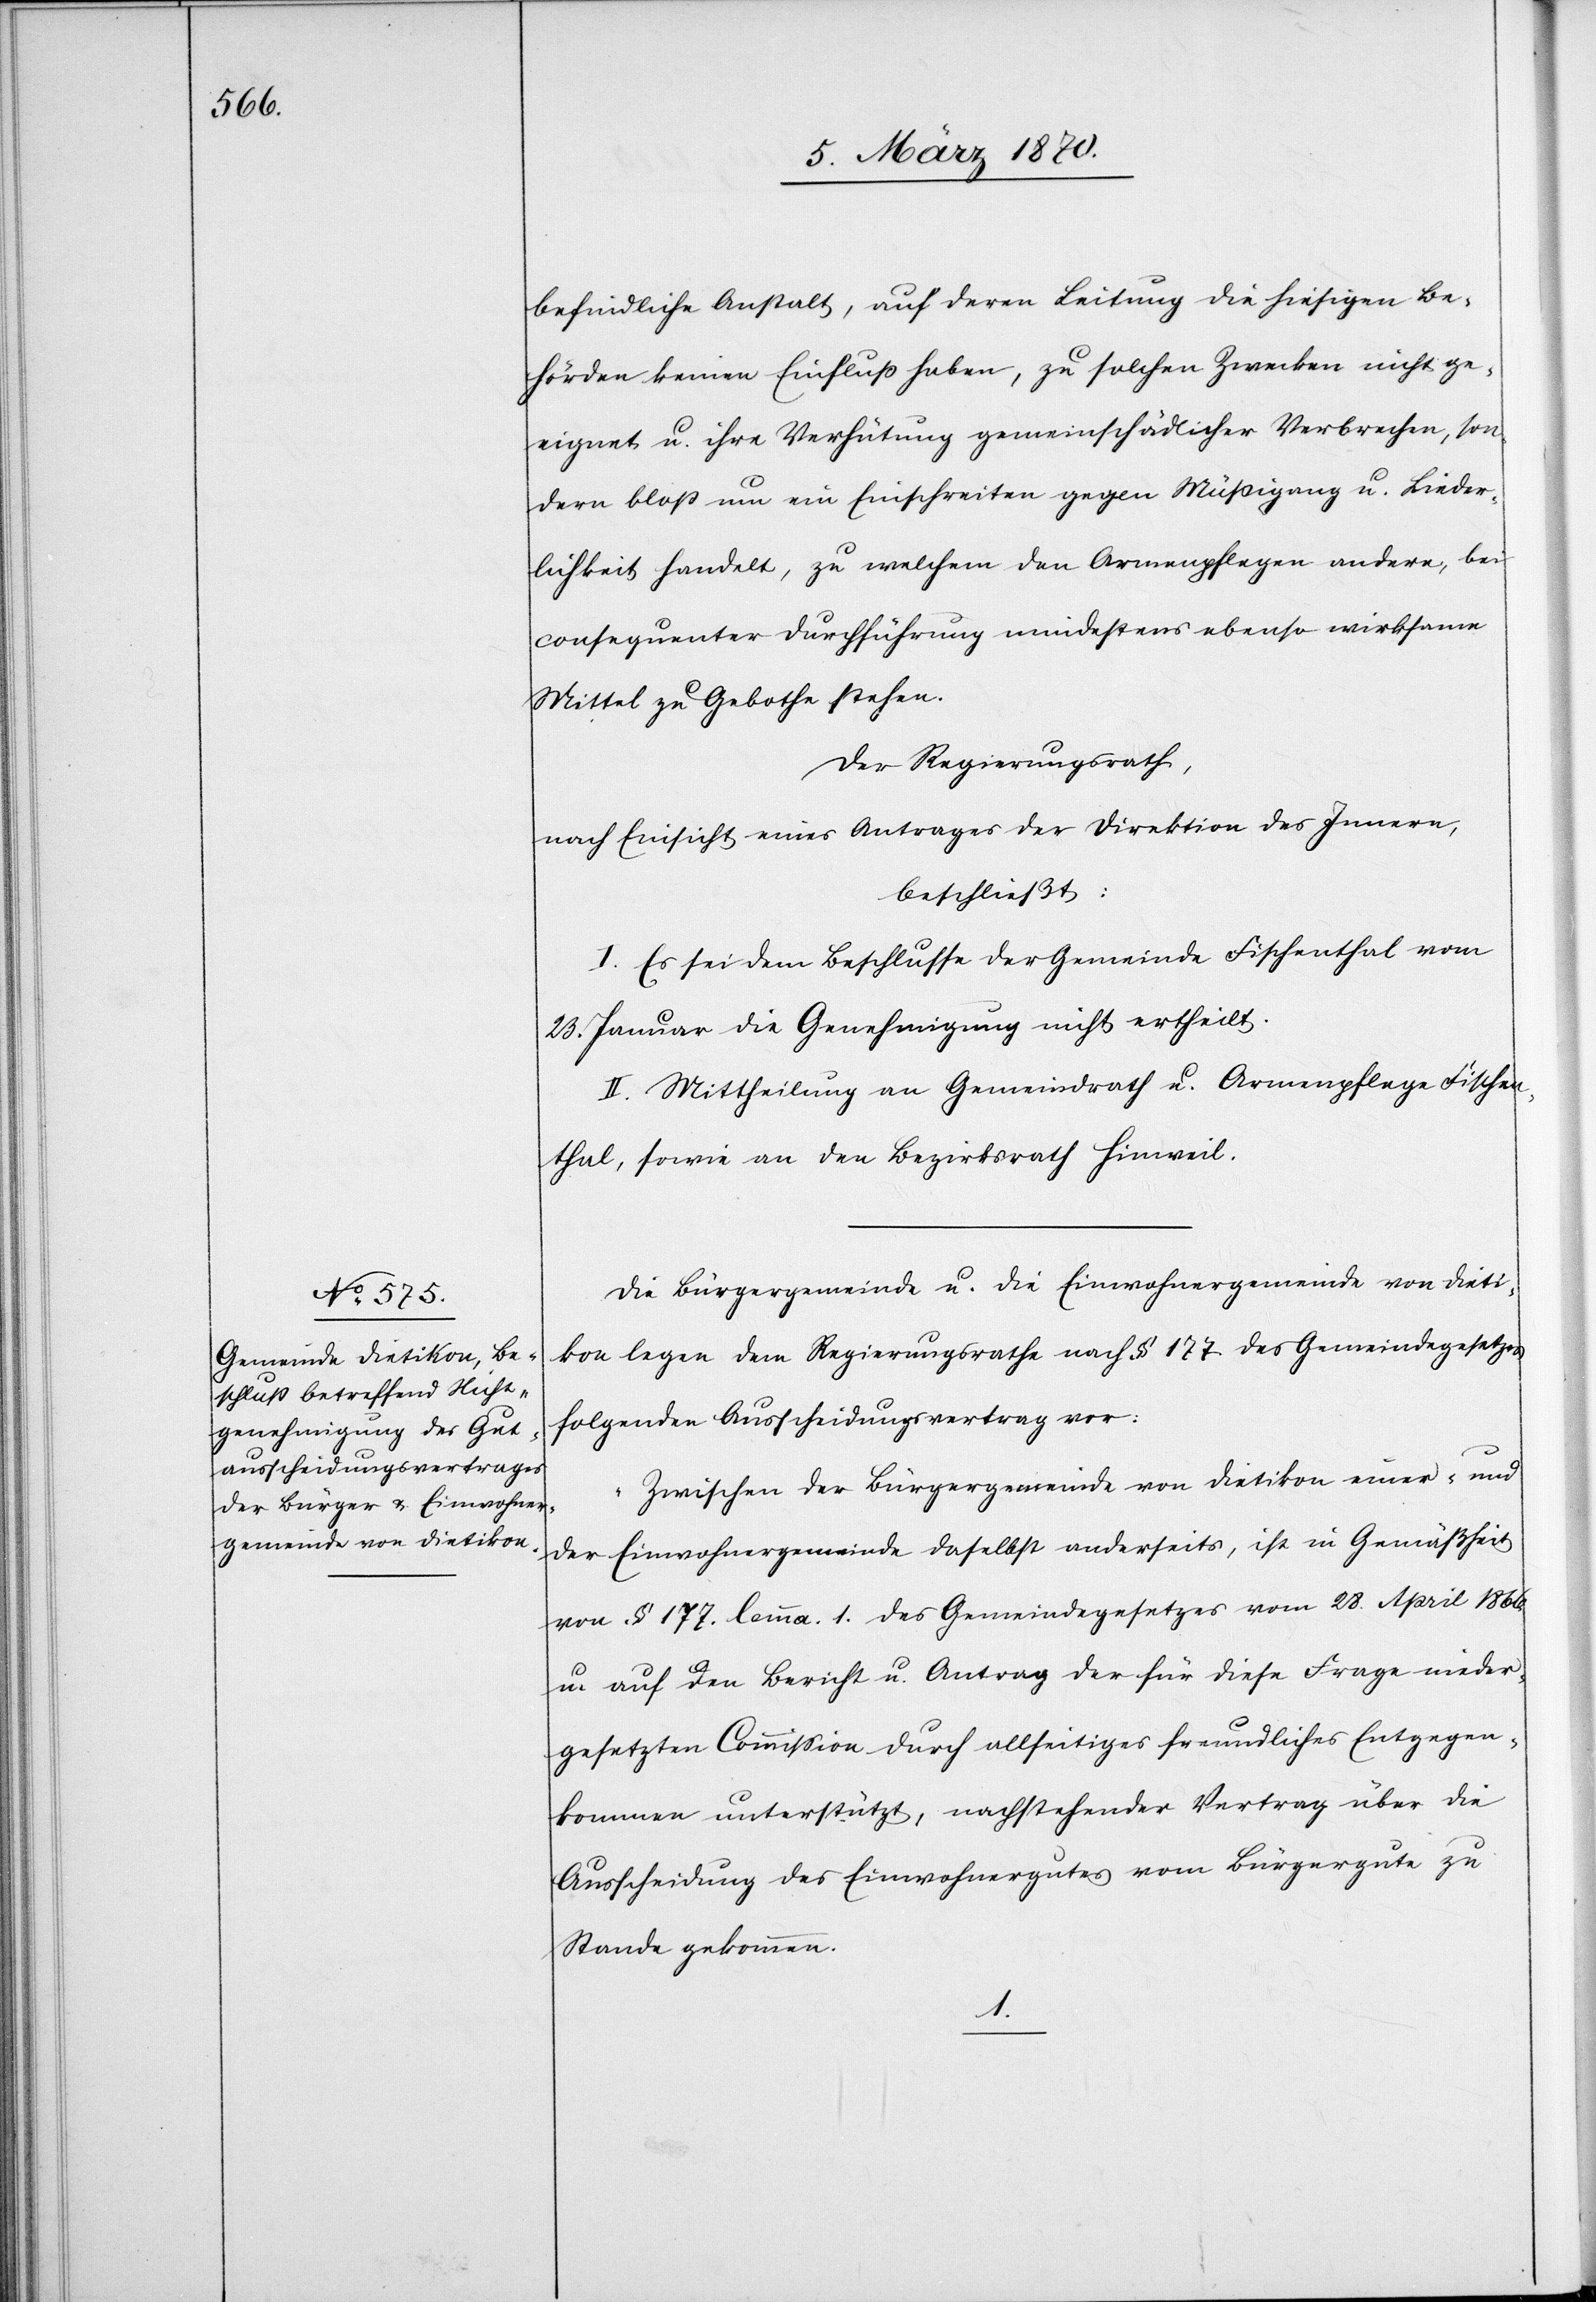
befindliche Anstalt, auf deren Leitung die hiesigen Be¬
hörden keinen Einfluß haben, zu solchen Zwecken nicht ge¬
eignet u. ihre Verhütung gemeinschädlicher Verbrechen, son¬
dern bloß um ein Einschreiten gegen Müßigang [sic!] u. Lieder¬
lichkeit handelt, zu welchem den Armenpflegen andere, bei
consequenter Durchführung mindestens ebenso wirksame
Mittel zu Gebothe stehen.
Der Regierungsrath,
nach Einsicht eines Antrages der Direktion des Innern,
beschließt:
I. Es sei dem Beschlusse der Gemeinde Fischenthal vom
23. Januar die Genehmigung nicht ertheilt.
II. Mittheilung an Gemeindrath u. Armenpflege Fischen¬
thal, sowie an den Bezirksrath Hinweil.
Die Bürgergemeinde u. die Einwohnergemeinde von Dieti¬
kon legen dem Regierungsrathe nach § 177 des Gemeindegesetzes
folgenden Ausscheidungsvertrag vor:
Zwischen der Bürgergemeinde von Dietikon einer- und
der Einwohnergemeinde daselbst anderseits, ist in Gemäßheit
von § 177. lemma. 1. des Gemeindegesetzes vom 28. April 1866.
u. auf den Bericht u. Antrag der für diese Frage nieder¬
gesetzten Commission durch allseitiges freundliches Entgegen¬
kommen unterstützt, nachstehender Vertrag über die
Ausscheidung des Einwohnergutes vom Bürgergute zu
Stande gekommen.
1.